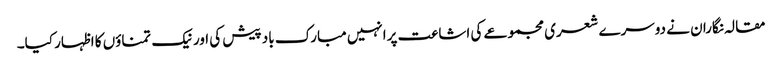
مقالہ نگاران نے دوسرے شعری مجموعے کی اشاعت پرانہیں مبارک باد پیش کی اور نیک تمناؤں کا اظہار کیا۔